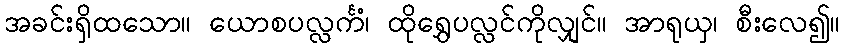
အခင်းရှိထသော။ ယောစပလ္လင်္ကံ၊ ထိုရွှေပလ္လင်ကိုလျှင်။ အာရုယှ၊ စီးလေ၍။